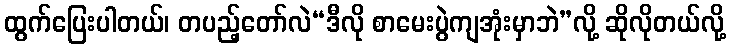
ထွက်ပြေးပါတယ်၊ တပည့်တော်လဲ“ဒီလို စာမေးပွဲကျအုံးမှာဘဲ”လို့ ဆိုလိုတယ်လို့